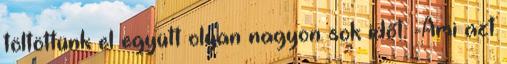
töltöttünk el együtt olyan nagyon sok időt. -Ami azt